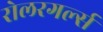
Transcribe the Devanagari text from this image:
रोलरगर्ल्स